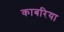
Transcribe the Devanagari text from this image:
काबरिया